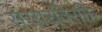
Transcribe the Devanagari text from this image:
संसारविरक्ति